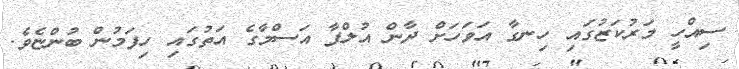
ސިއްހީ މަރުކަޒުގައި ހިނގާ އަވަހަށް ދާން އުލްފާ އަސްމާގެ އަތުގައި ހިފަމުން ބުންޏެވެ.